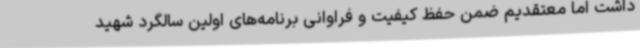
داشت اما معتقدیم ضمن حفظ کیفیت و فراوانی برنامه‌های اولین سالگرد شهید